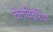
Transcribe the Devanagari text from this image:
वेलविट्शिया